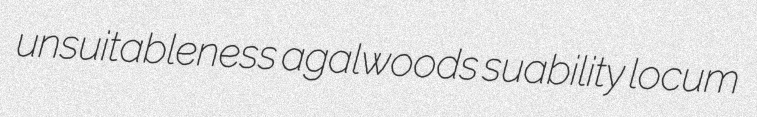
unsuitableness agalwoods suability locum